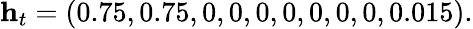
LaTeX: \mathbf{h}_{t}=(0.75,0.75,0,0,0,0,0,0,0,0.015).